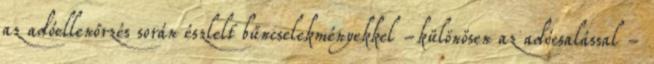
az adóellenőrzés során észlelt bűncselekményekkel -különösen az adócsalással -